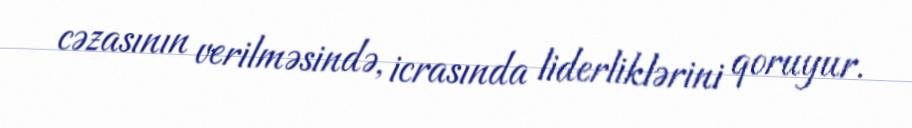
cəzasının verilməsində, icrasında liderliklərini qoruyur.